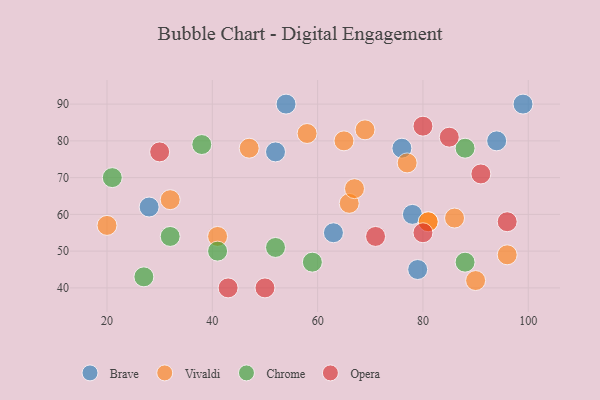
{"axis": {"x": "GDP", "y": "Life Expectancy"}, "legend": ["Brave", "Chrome", "Opera", "Vivaldi"], "data": [{"x": "78", "y": 60, "type": "Brave"}, {"x": "94", "y": 80, "type": "Brave"}, {"x": "99", "y": 90, "type": "Brave"}, {"x": "63", "y": 55, "type": "Brave"}, {"x": "76", "y": 78, "type": "Brave"}, {"x": "52", "y": 77, "type": "Brave"}, {"x": "79", "y": 45, "type": "Brave"}, {"x": "54", "y": 90, "type": "Brave"}, {"x": "28", "y": 62, "type": "Brave"}, {"x": "86", "y": 59, "type": "Vivaldi"}, {"x": "65", "y": 80, "type": "Vivaldi"}, {"x": "96", "y": 49, "type": "Vivaldi"}, {"x": "32", "y": 64, "type": "Vivaldi"}, {"x": "66", "y": 63, "type": "Vivaldi"}, {"x": "67", "y": 67, "type": "Vivaldi"}, {"x": "81", "y": 58, "type": "Vivaldi"}, {"x": "58", "y": 82, "type": "Vivaldi"}, {"x": "90", "y": 42, "type": "Vivaldi"}, {"x": "81", "y": 58, "type": "Vivaldi"}, {"x": "20", "y": 57, "type": "Vivaldi"}, {"x": "47", "y": 78, "type": "Vivaldi"}, {"x": "41", "y": 54, "type": "Vivaldi"}, {"x": "69", "y": 83, "type": "Vivaldi"}, {"x": "77", "y": 74, "type": "Vivaldi"}, {"x": "41", "y": 50, "type": "Chrome"}, {"x": "21", "y": 70, "type": "Chrome"}, {"x": "38", "y": 79, "type": "Chrome"}, {"x": "32", "y": 54, "type": "Chrome"}, {"x": "88", "y": 78, "type": "Chrome"}, {"x": "27", "y": 43, "type": "Chrome"}, {"x": "88", "y": 47, "type": "Chrome"}, {"x": "59", "y": 47, "type": "Chrome"}, {"x": "52", "y": 51, "type": "Chrome"}, {"x": "43", "y": 40, "type": "Opera"}, {"x": "80", "y": 55, "type": "Opera"}, {"x": "80", "y": 84, "type": "Opera"}, {"x": "71", "y": 54, "type": "Opera"}, {"x": "30", "y": 77, "type": "Opera"}, {"x": "50", "y": 40, "type": "Opera"}, {"x": "96", "y": 58, "type": "Opera"}, {"x": "85", "y": 81, "type": "Opera"}, {"x": "91", "y": 71, "type": "Opera"}]}